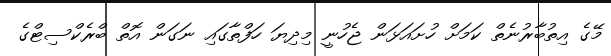
މޭގެ އިތުބާރުނެތް ކަމަށް ހުށައަޅަން ޖެހުނީ މިދިޔަ ހަފްތާގައި ނަގަން އޮތް ބްރެކްސިޓްގެ